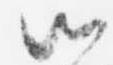
候